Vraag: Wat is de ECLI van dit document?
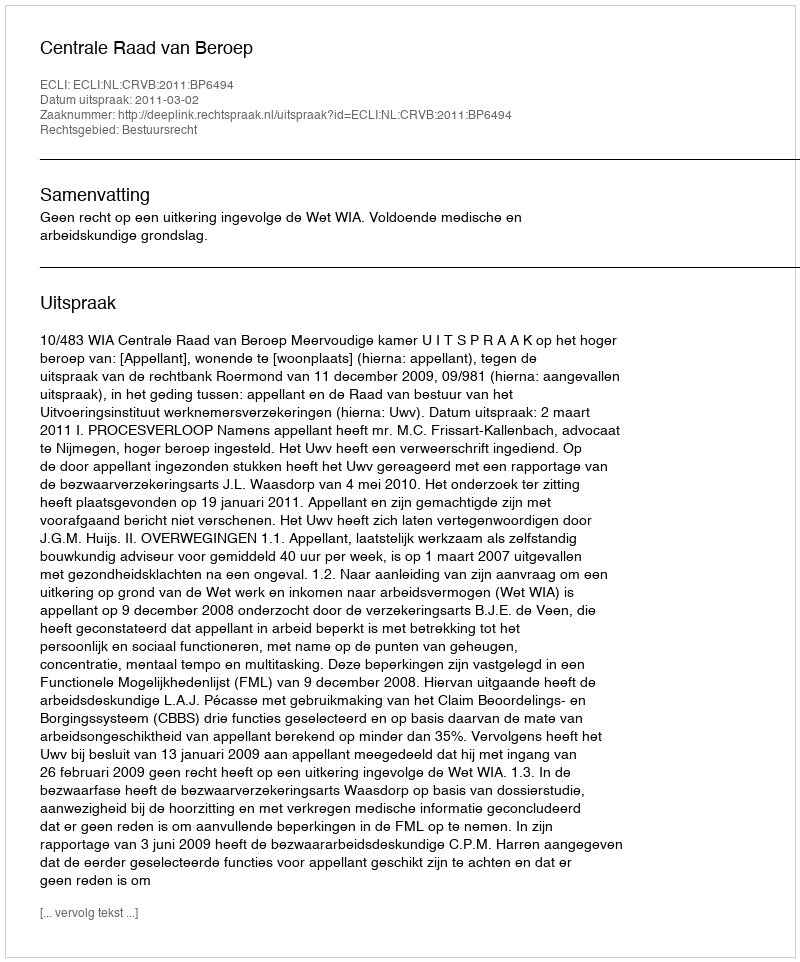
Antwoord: ECLI:NL:CRVB:2011:BP6494